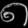
Digit: ၈